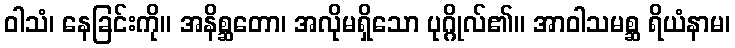
ဝါသံ၊ နေခြင်းကို။ အနိစ္ဆတော၊ အလိုမရှိသော ပုဂ္ဂိုလ်၏။ အာဝါသမစ္ဆ ရိယံနာမ၊